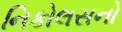
નિકોલસનો